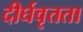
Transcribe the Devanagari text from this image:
दीर्घवृतता